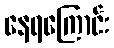
နေရကြောင်း